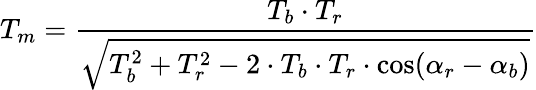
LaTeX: T_{m}={\frac{T_{b}\cdot T_{r}}{\sqrt{T_{b}^{2}+T_{r}^{2}-2\cdot T_{b}\cdot T_{r}\cdot\cos(\alpha_{r}-\alpha_{b})}}}